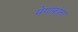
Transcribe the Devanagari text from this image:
मेगाफोना